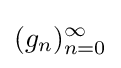
(g_{n})_{n=0}^{\infty }